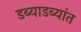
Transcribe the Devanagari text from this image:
डब्याडब्यांत